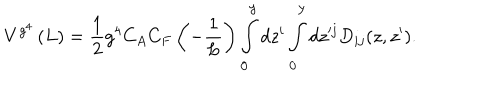
V ^ { g ^ { 4 } } \left( L \right) = \frac { 1 } { 2 } g ^ { 4 } C _ { A } C _ { F } \left( { - \frac { 1 } { L } } \right) \int _ { \bf 0 } ^ { \bf y } { d z ^ { i } } \int _ { \bf 0 } ^ { \bf y } { d z ^ { \prime j } } D _ { i j } ( z , z ^ { \prime } ) .